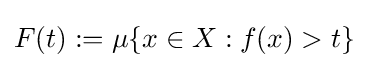
F(t):=\mu \{x\in X:f(x)>t\}